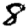
Digit: 8